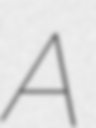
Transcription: A